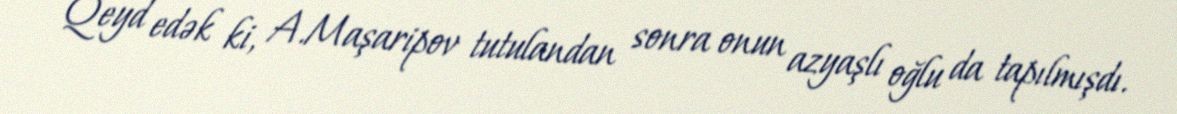
Qeyd edək ki, A.Maşaripov tutulandan sonra onun azyaşlı oğlu da tapılmışdı.